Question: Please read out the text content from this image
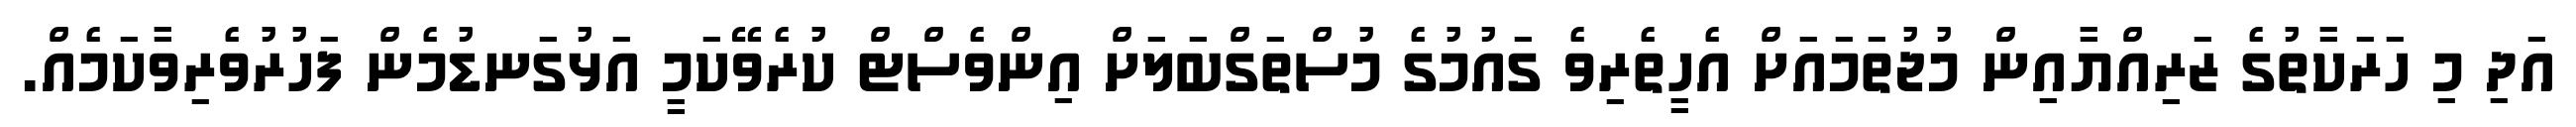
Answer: އަދި މި ހަރަކާތުގެ ޒަރިއްޔާއިން މުޖުތަމައަށް އެހީތެރިވެ ގައުމުގެ މުސްތަގްބަލަށް އިންވެސްޓް ކުރެވޭކަމީ އަޅުގަނޑުމެން ފަހުރުވެރިވާކަމެއް.